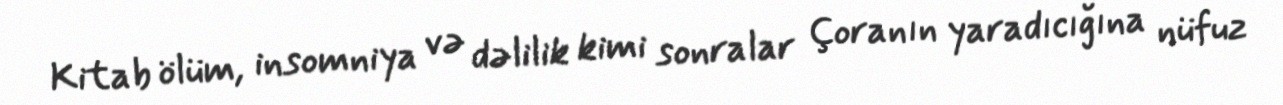
Kitab ölüm, insomniya və dəlilik kimi sonralar Çoranın yaradıcığına nüfuz